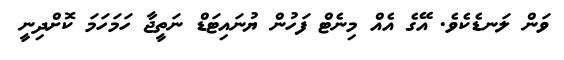
ވަން ލަނޑެކެވެ. އޭގެ އެއް މިނެޓް ފަހުން ޔުނައިޓަޑް ނަތީޖާ ހަމަހަމަ ކޮށްދިނީ